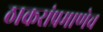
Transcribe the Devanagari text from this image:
ठाकरांप्रमाणेच